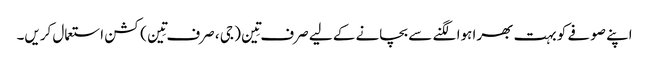
اپنے صوفے کو بہت بھرا ہوا لگنے سے بچانے کے لیے صرف تِین ( جی ، صرف تِین ) کشن استعمال کریں۔